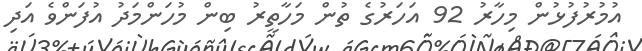
އުމުރުފުޅުން މިހާރު 92 އަހަރުގެ ތުން މަހާތީރު ބިން މުހަންމަދު އުފަންވެ އަދި